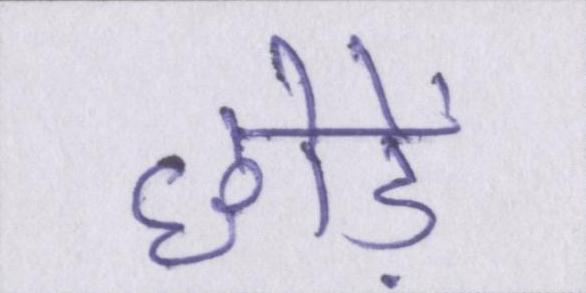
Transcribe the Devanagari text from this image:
छोड़ें